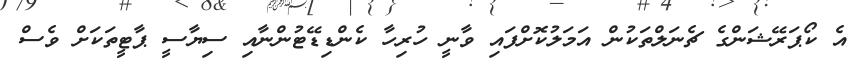
އެ ކޯޕަރޭޝަންގެ ޗެނަލްތަކުން އަމަލުކޮށްފައި ވާނީ ހުރިހާ ކެންޑިޑޭޓުންނާއި ސިޔާސީ ޕާޓީތަކަށް ވެސް